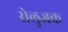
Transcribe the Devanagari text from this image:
सेलुजक